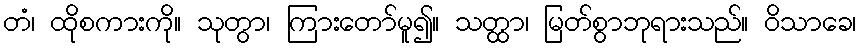
တံ၊ ထိုစကားကို။ သုတွာ၊ ကြားတော်မူ၍။ သတ္ထာ၊ မြတ်စွာဘုရားသည်။ ဝိသာခေ၊